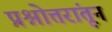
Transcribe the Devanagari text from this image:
प्रश्नोत्तरांतून